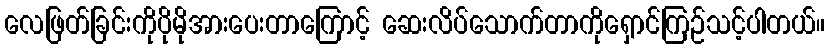
လေဖြတ်ခြင်းကိုပိုမိုအားပေးတာကြောင့် ဆေးလိပ်သောက်တာကိုရှောင်ကြဉ်သင့်ပါတယ်။